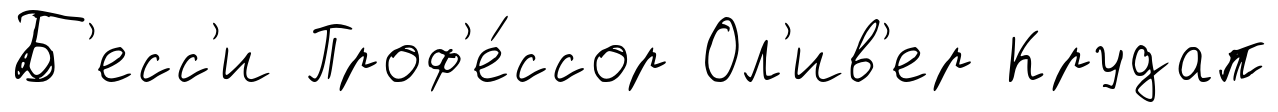
Б'есс'и Проф'е́ссор Ол'ив'ер Крудап